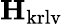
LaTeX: \mathbf{H}_{\mathrm{krlv}}